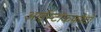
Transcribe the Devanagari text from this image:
आईस्टॉकफोटो